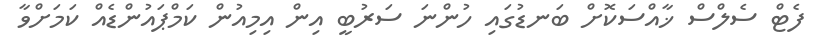
ފެޓް ސެލްސް ޚާއްސަކޮށް ބަނޑުގައި ހުންނަ ސަރުބީ އިން އިމިއުން ކަމްޕައުންޑެއް ކަމަށްވާ